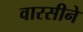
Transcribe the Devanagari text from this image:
वारसीने